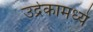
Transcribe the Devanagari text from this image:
उद्रेकामध्ये